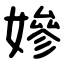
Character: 㜗